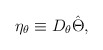
\begin{align*} \eta_{\theta}\equiv D_{\theta}\hat{\Theta},\end{align*}